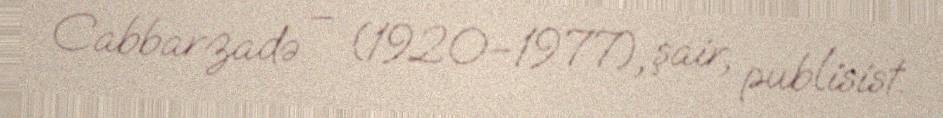
Cabbarzadə – (1920–1977), şair, publisist.